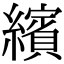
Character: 繽